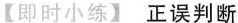
【即时小练】正误判断